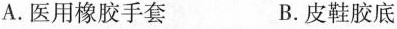
A.医用橡胶手套 B.皮鞋胶底